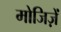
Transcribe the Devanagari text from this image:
मोजिज़ें